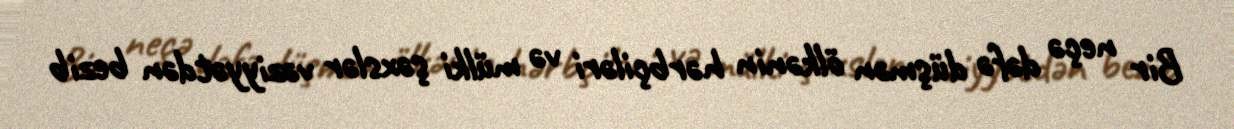
Bir neçə dəfə düşmən ölkənin hərbçiləri və mülki şəxslər vəziyyətdən bezib